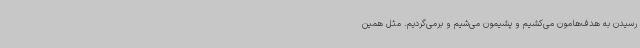
رسیدن به هدف‌هامون می‌کشیم و پشیمون می‌شیم و برمی‌گردیم. مثل همین